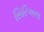
સિરિઅલ